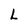
Character: L